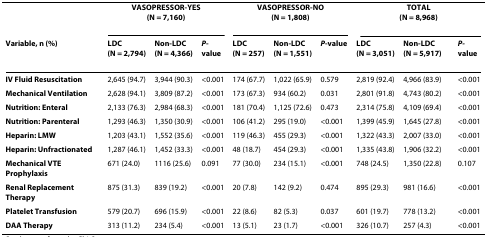
<table><thead><tr><td></td><td colspan="3"><b>VASOPRESSOR-YES(N = 7,160)</b></td><td colspan="3"><b>VASOPRESSOR-NO(N = 1,808)</b></td><td colspan="3"><b>TOTAL(N = 8,968)</b></td></tr><tr><td><b>Variable, n (%)</b></td><td><b>LDC(N = 2,794)</b></td><td><b>Non-LDC(N = 4,366)</b></td><td><b><i>P</i>-value</b></td><td><b>LDC(N = 257)</b></td><td><b>Non-LDC(N = 1,551)</b></td><td><b><i>P</i>-value</b></td><td><b>LDC(N = 3,051)</b></td><td><b>Non-LDC(N = 5,917)</b></td><td><b><i>P-</i>value</b></td></tr></thead><tbody><tr><td><b>IV Fluid Resuscitation</b></td><td>2,645 (94.7)</td><td>3,944 (90.3)</td><td>&lt;0.001</td><td>174 (67.7)</td><td>1,022 (65.9)</td><td>0.579</td><td>2,819 (92.4)</td><td>4,966 (83.9)</td><td>&lt;0.001</td></tr><tr><td><b>Mechanical Ventilation</b></td><td>2,628 (94.1)</td><td>3,809 (87.2)</td><td>&lt;0.001</td><td>173 (67.3)</td><td>934 (60.2)</td><td>0.031</td><td>2,801 (91.8)</td><td>4,743 (80.2)</td><td>&lt;0.001</td></tr><tr><td><b>Nutrition: Enteral</b></td><td>2,133 (76.3)</td><td>2,984 (68.3)</td><td>&lt;0.001</td><td>181 (70.4)</td><td>1,125 (72.6)</td><td>0.473</td><td>2,314 (75.8)</td><td>4,109 (69.4)</td><td>&lt;0.001</td></tr><tr><td><b>Nutrition: Parenteral</b></td><td>1,293 (46.3)</td><td>1,350 (30.9)</td><td>&lt;0.001</td><td>106 (41.2)</td><td>295 (19.0)</td><td>&lt;0.001</td><td>1,399 (45.9)</td><td>1,645 (27.8)</td><td>&lt;0.001</td></tr><tr><td><b>Heparin: LMW</b></td><td>1,203 (43.1)</td><td>1,552 (35.6)</td><td>&lt;0.001</td><td>119 (46.3)</td><td>455 (29.3)</td><td>&lt;0.001</td><td>1,322 (43.3)</td><td>2,007 (33.0)</td><td>&lt;0.001</td></tr><tr><td><b>Heparin: Unfractionated</b></td><td>1,287 (46.1)</td><td>1,452 (33.3)</td><td>&lt;0.001</td><td>48 (18.7)</td><td>454 (29.3)</td><td>&lt;0.001</td><td>1,335 (43.8)</td><td>1,906 (32.2)</td><td>&lt;0.001</td></tr><tr><td><b>Mechanical VTE Prophylaxis</b></td><td>671 (24.0)</td><td>1116 (25.6)</td><td>0.091</td><td>77 (30.0)</td><td>234 (15.1)</td><td>&lt;0.001</td><td>748 (24.5)</td><td>1,350 (22.8)</td><td>0.107</td></tr><tr><td><b>Renal Replacement Therapy</b></td><td>875 (31.3)</td><td>839 (19.2)</td><td>&lt;0.001</td><td>20 (7.8)</td><td>142 (9.2)</td><td>0.474</td><td>895 (29.3)</td><td>981 (16.6)</td><td>&lt;0.001</td></tr><tr><td><b>Platelet Transfusion</b></td><td>579 (20.7)</td><td>696 (15.9)</td><td>&lt;0.001</td><td>22 (8.6)</td><td>82 (5.3)</td><td>0.037</td><td>601 (19.7)</td><td>778 (13.2)</td><td>&lt;0.001</td></tr><tr><td><b>DAA Therapy</b></td><td>313 (11.2)</td><td>234 (5.4)</td><td>&lt;0.001</td><td>13 (5.1)</td><td>23 (1.7)</td><td>&lt;0.001</td><td>326 (10.7)</td><td>257 (4.3)</td><td>&lt;0.001</td></tr></tbody></table>